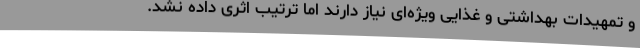
و تمهیدات بهداشتی و غذایی ویژه‌ای نیاز دارند اما ترتیب اثری داده نشد.